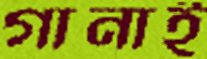
গানাই